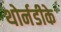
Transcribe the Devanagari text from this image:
थोर्नडीके